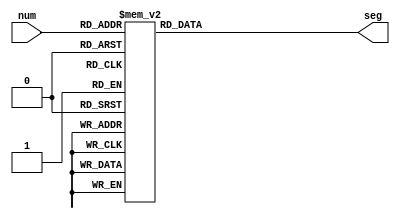
`timescale 1ns / 1ps
// Copyright (C) 2020 Michael Bell

// Lookup the segments that should be active for each hex digit on a
// seven segment display.  Note 0 corresponds to a lit segment.
module SevenSegLookup(
    input [3:0] num,
    output reg [7:0] seg
    );

	always @* begin
		case (num)
		4'h0 : seg <= 8'b11000000;
		4'h1 : seg <= 8'b11111001;
		4'h2 : seg <= 8'b10100100;
		4'h3 : seg <= 8'b10110000;
		4'h4 : seg <= 8'b10011001;
		4'h5 : seg <= 8'b10010010;
		4'h6 : seg <= 8'b10000010;
		4'h7 : seg <= 8'b11111000;
		4'h8 : seg <= 8'b10000000;
		4'h9 : seg <= 8'b10010000;
		4'hA : seg <= 8'b10001000;
		4'hB : seg <= 8'b10000011;
		4'hC : seg <= 8'b11000110;
		4'hD : seg <= 8'b10100001;
		4'hE : seg <= 8'b10000110;
		4'hF : seg <= 8'b10001110;
		endcase
	end

endmodule